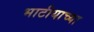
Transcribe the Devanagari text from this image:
भाटीयाच्या